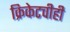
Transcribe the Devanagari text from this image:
क्रिकेटचीही